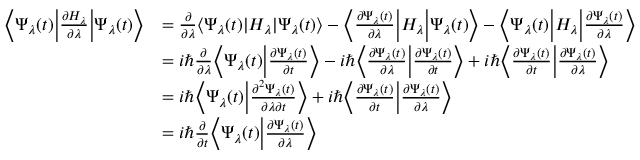
{ \begin{array} { r l } { { \bigg \langle } \Psi _ { \lambda } ( t ) { \bigg | } { \frac { \partial H _ { \lambda } } { \partial \lambda } } { \bigg | } \Psi _ { \lambda } ( t ) { \bigg \rangle } } & { = { \frac { \partial } { \partial \lambda } } \langle \Psi _ { \lambda } ( t ) | H _ { \lambda } | \Psi _ { \lambda } ( t ) \rangle - { \bigg \langle } { \frac { \partial \Psi _ { \lambda } ( t ) } { \partial \lambda } } { \bigg | } H _ { \lambda } { \bigg | } \Psi _ { \lambda } ( t ) { \bigg \rangle } - { \bigg \langle } \Psi _ { \lambda } ( t ) { \bigg | } H _ { \lambda } { \bigg | } { \frac { \partial \Psi _ { \lambda } ( t ) } { \partial \lambda } } { \bigg \rangle } } \\ & { = i \hbar { \frac { \partial } { \partial \lambda } } { \bigg \langle } \Psi _ { \lambda } ( t ) { \bigg | } { \frac { \partial \Psi _ { \lambda } ( t ) } { \partial t } } { \bigg \rangle } - i \hbar { \bigg \langle } { \frac { \partial \Psi _ { \lambda } ( t ) } { \partial \lambda } } { \bigg | } { \frac { \partial \Psi _ { \lambda } ( t ) } { \partial t } } { \bigg \rangle } + i \hbar { \bigg \langle } { \frac { \partial \Psi _ { \lambda } ( t ) } { \partial t } } { \bigg | } { \frac { \partial \Psi _ { \lambda } ( t ) } { \partial \lambda } } { \bigg \rangle } } \\ & { = i \hbar { \bigg \langle } \Psi _ { \lambda } ( t ) { \bigg | } { \frac { \partial ^ { 2 } \Psi _ { \lambda } ( t ) } { \partial \lambda \partial t } } { \bigg \rangle } + i \hbar { \bigg \langle } { \frac { \partial \Psi _ { \lambda } ( t ) } { \partial t } } { \bigg | } { \frac { \partial \Psi _ { \lambda } ( t ) } { \partial \lambda } } { \bigg \rangle } } \\ & { = i \hbar { \frac { \partial } { \partial t } } { \bigg \langle } \Psi _ { \lambda } ( t ) { \bigg | } { \frac { \partial \Psi _ { \lambda } ( t ) } { \partial \lambda } } { \bigg \rangle } } \end{array} }